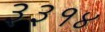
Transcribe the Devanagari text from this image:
३३१४